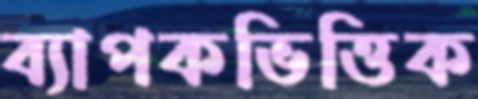
ব্যাপকভিত্তিক